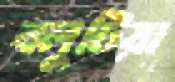
বলুটিয়া